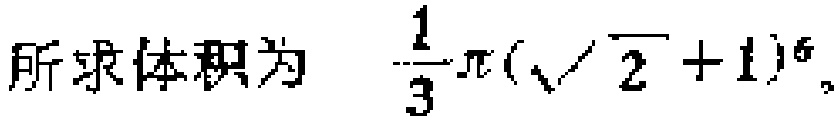
所求体积为 $\frac{1}{3}\pi(\sqrt{2}+1)^{6}$。